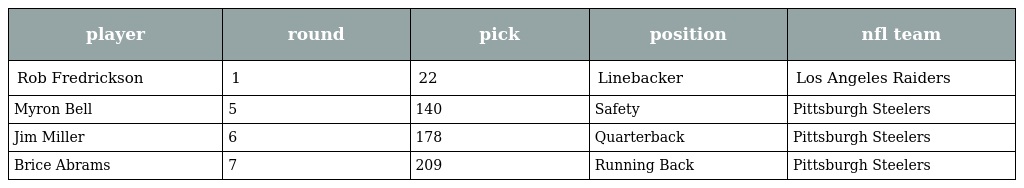
| player | round | pick | position | nfl team |
 | --- | --- | --- | --- | --- |
 | Rob Fredrickson | 1 | 22 | Linebacker | Los Angeles Raiders |
 | Myron Bell | 5 | 140 | Safety | Pittsburgh Steelers |
 | Jim Miller | 6 | 178 | Quarterback | Pittsburgh Steelers |
 | Brice Abrams | 7 | 209 | Running Back | Pittsburgh Steelers |